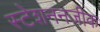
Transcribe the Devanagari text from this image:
स्टेशननजीक